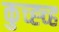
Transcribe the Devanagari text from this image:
कुच्ह्च्ह